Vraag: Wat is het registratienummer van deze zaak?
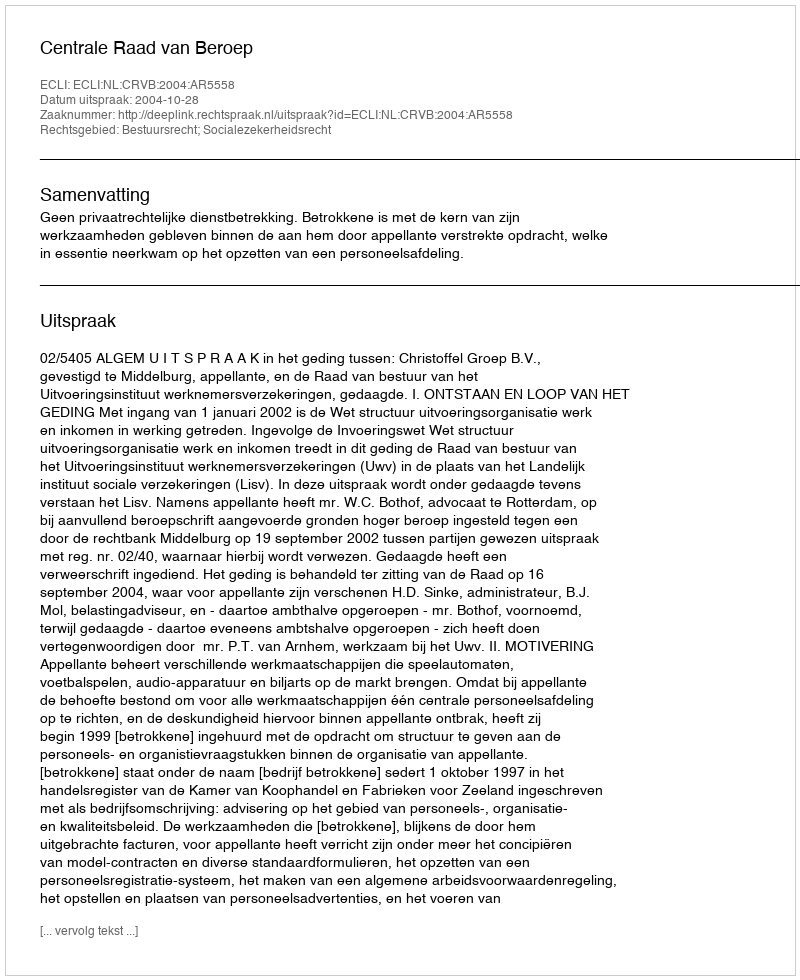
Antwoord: http://deeplink.rechtspraak.nl/uitspraak?id=ECLI:NL:CRVB:2004:AR5558